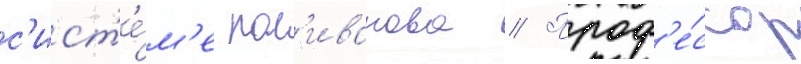
с'ист'е́м'е пол'иванова // Проф'е́ссор